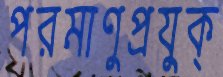
পরমাণুপ্রযুক্